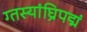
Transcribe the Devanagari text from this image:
ग्तस्यांघ्रिपद्मं